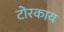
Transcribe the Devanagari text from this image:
टोरकाय